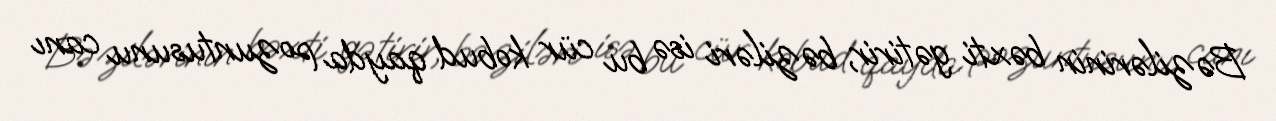
Bəzilərinin bəxti gətirir, bəziləri isə bu cür kobud qayda pozuntusunu canı